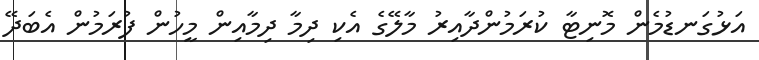
އަޅުގަނޑުމެން މޮނިޓާ ކުރަމުންދާއިރު މާލޭގެ އެކި ދިމާ ދިމާއިން މީހުން ފުރަމުން އެބަދޭ